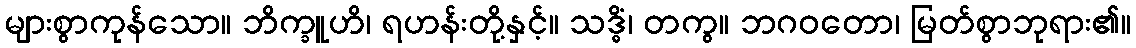
များစွာကုန်သော။ ဘိက္ခူဟိ၊ ရဟန်းတို့နှင့်။ သဒ္ဓိံ၊ တကွ။ ဘဂဝတော၊ မြတ်စွာဘုရား၏။